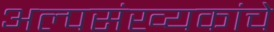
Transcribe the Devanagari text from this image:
अल्पसंख्यकांचे